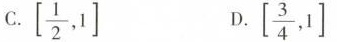
C.[ \left [ \frac { 1 } { 2 },1\right]